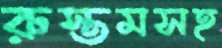
রুস্তমসহ